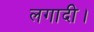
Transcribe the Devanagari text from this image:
लगादी।